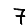
Digit: 7